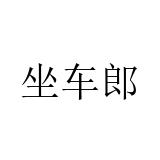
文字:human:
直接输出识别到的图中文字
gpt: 坐车郎